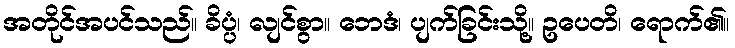
အတိုင်အပင်သည်။ ခိပ္ပံ၊ လျင်စွာ။ ဘေဒံ၊ ပျက်ခြင်းသို့။ ဥပေတိ၊ ရောက်၏။